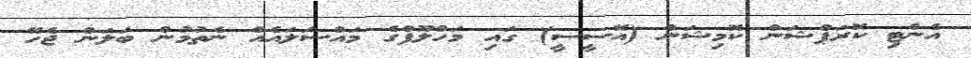
އެންޓި ކޮރަޕްޝަން ކޮމިޝަން (އޭސީސީ) ގައި މަހްލޫފްގެ މައްސަލައެއް ނެތުމުން ބަލަން ޖެހޭ